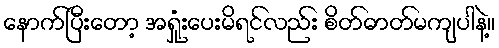
နောက်ပြီးတော့ အရှုံးပေးမိရင်လည်း စိတ်ဓာတ်မကျပါနဲ့။